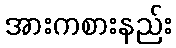
အားကစားနည်း